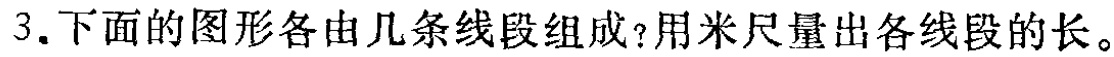
3.下面的图形各由几条线段组成？用米尺量出各线段的长。